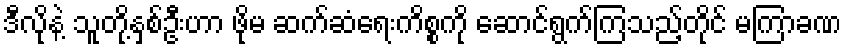
ဒီလိုနဲ့ သူတို့နှစ်ဦးဟာ ဖိုမ ဆက်ဆံရေးကိစ္စကို ဆောင်ရွက်ကြသည့်တိုင် မကြာခဏ